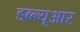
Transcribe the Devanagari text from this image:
डब्‍ल्‍यूआर